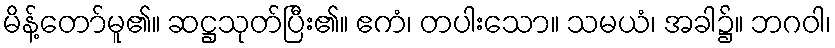
မိန့်တော်မူ၏။ ဆဋ္ဌသုတ်ပြီး၏။ ဧကံ၊ တပါးသော။ သမယံ၊ အခါ၌။ ဘဂဝါ၊